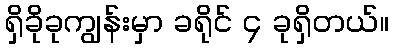
ရှိခိုခုကျွန်းမှာ ခရိုင် ၄ ခုရှိတယ်။